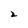
Character: 2